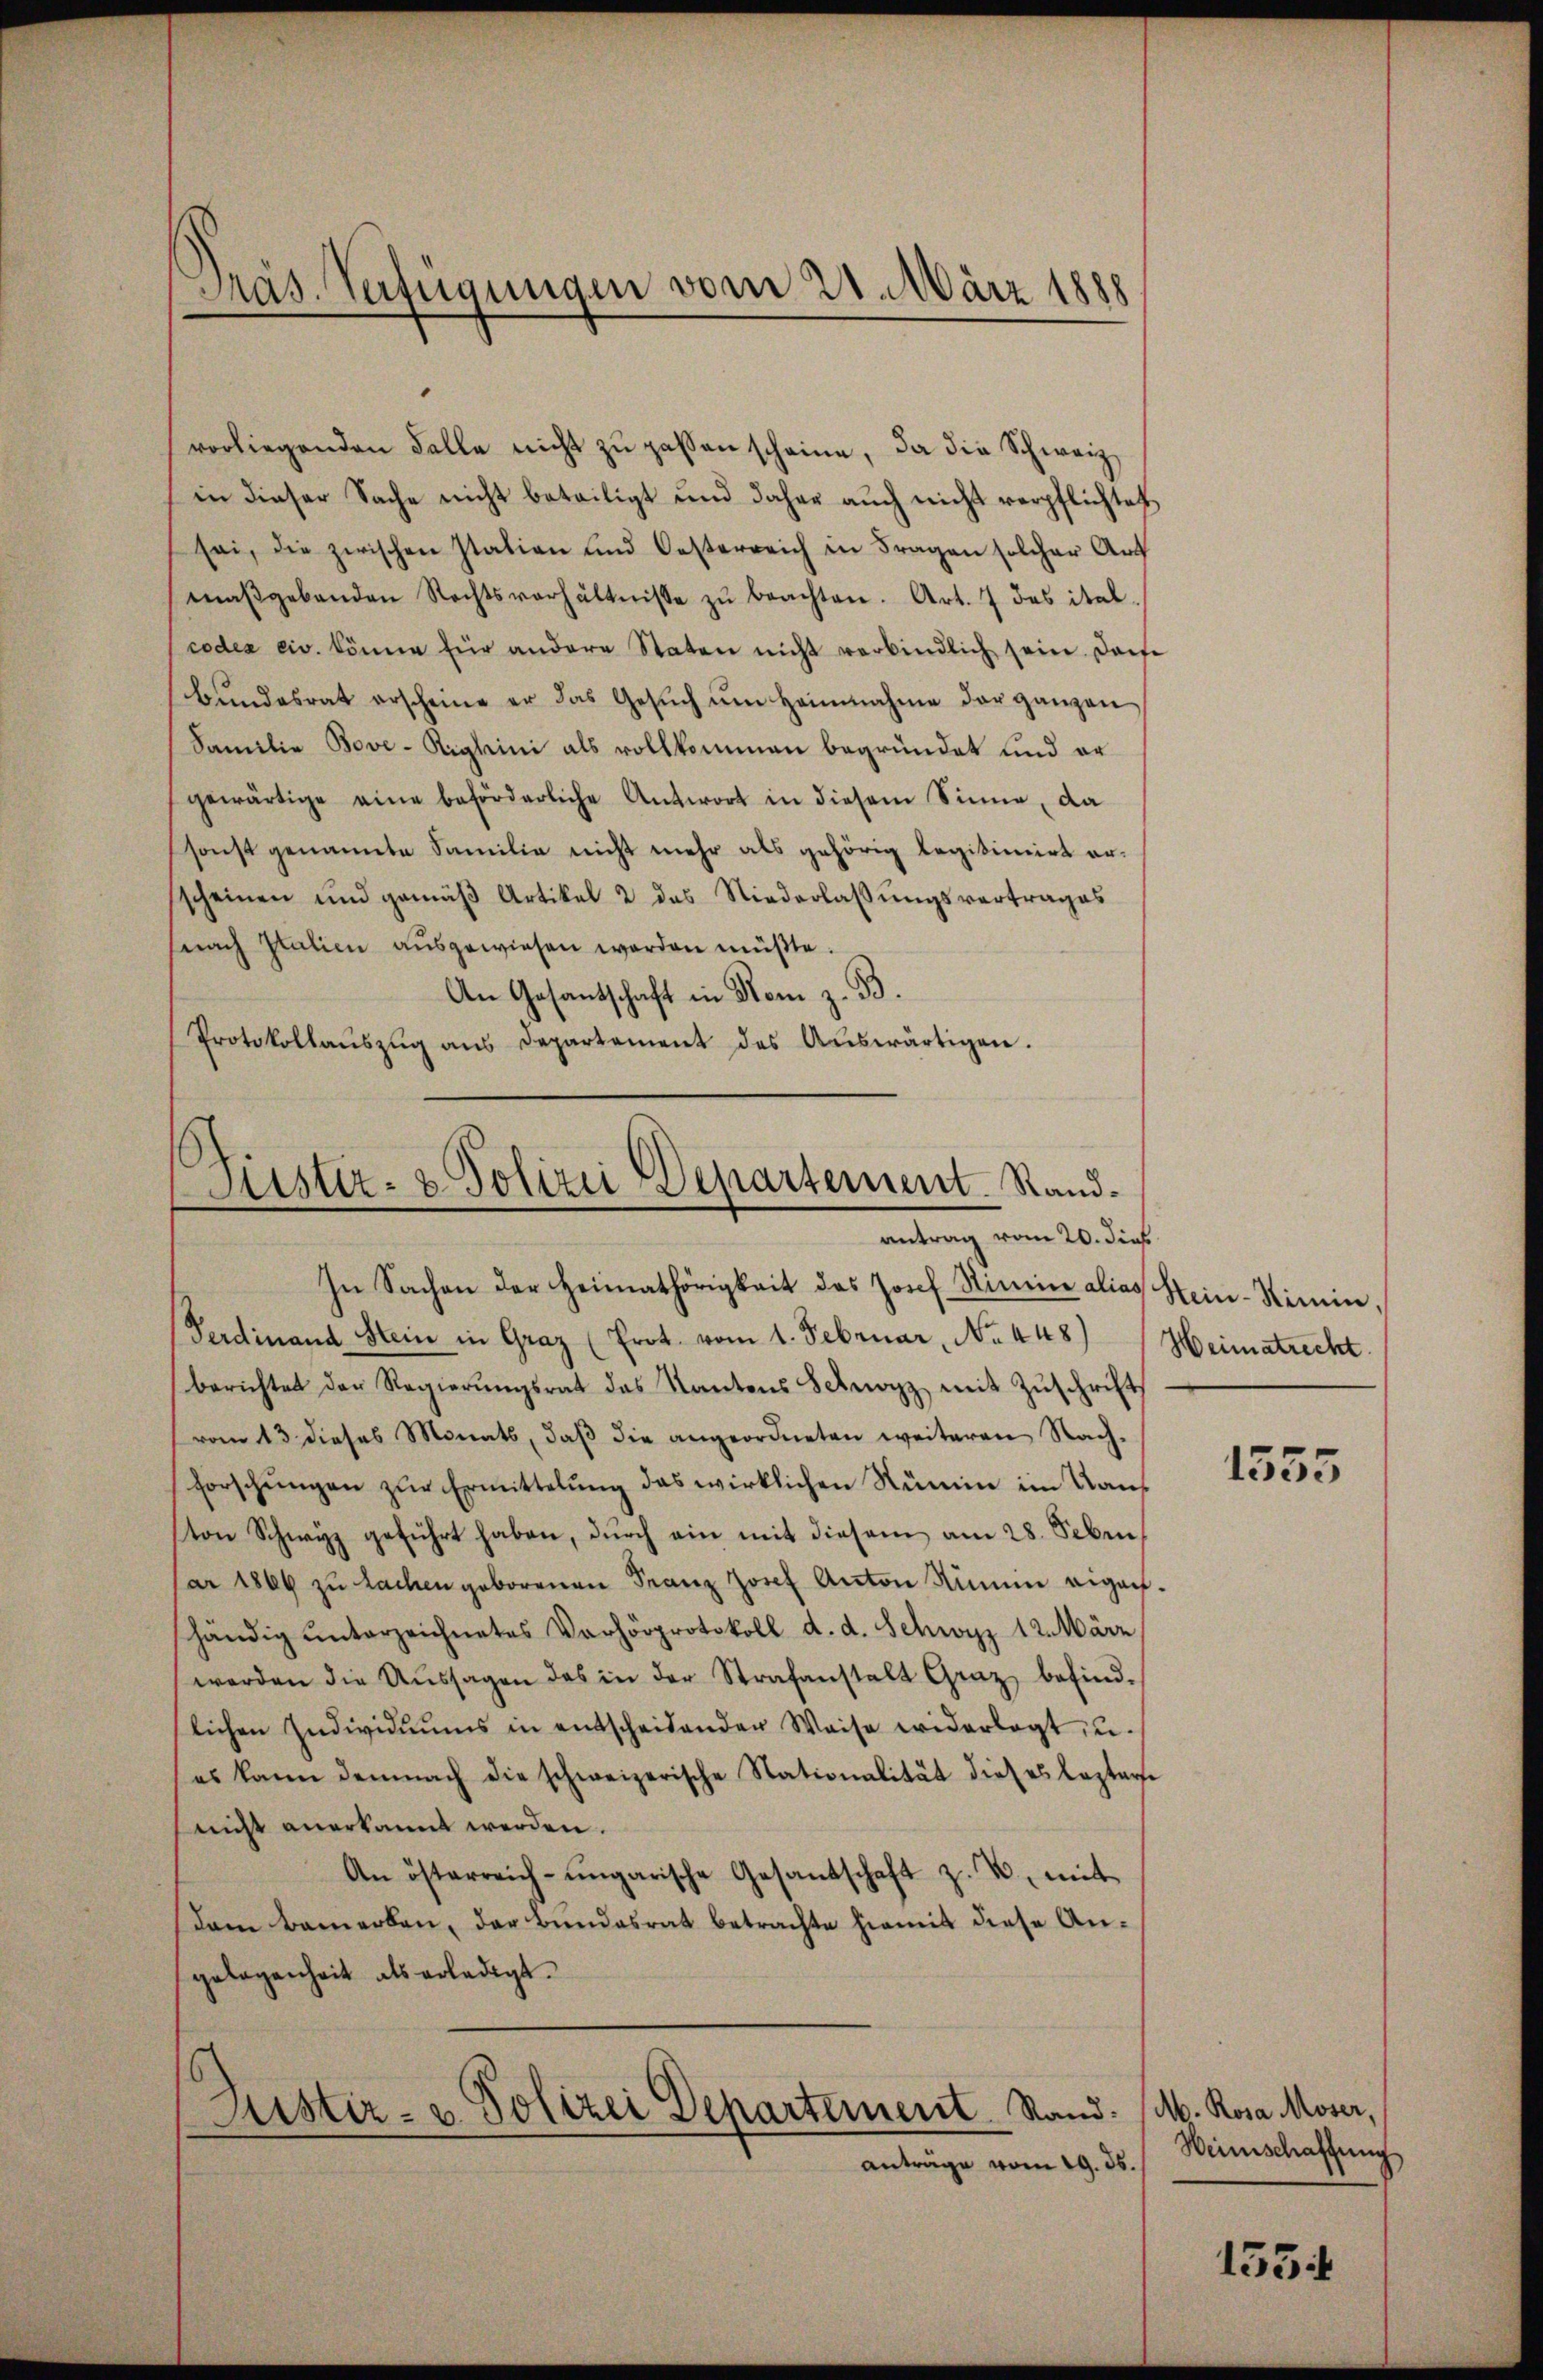
Pras. Verfügungen vom 21. März 1888

vorliegenden Falle nicht zu passen scheine, da die Schweiz
in dieser Sache nicht beteiligt und daher auch nicht verpflichtet
sei, die zwischen Italien und Oesterreich in Fragen solcher Art
maβgebanden Rechtsverhältnisse zŭ beachten. Art. 7 des ital.
codea civ. könne für andere Staten nicht verbindlich sein. Dorfe
bŭndesrat erscheine er das Gesŭch ŭm Heinnahme der ganzen
Familie Bove-Righini als vollkommen begründet und er
gewärtige eine beförderliche Antwort in diesem Sinne, da
sonst genannte Familie nicht mehr als gehörig legitimirt er-
scheinen und gemäß Artikel 2 das Niederlassungsvertrages
nach Italien aŭsgewiesen werden müßte.
An Gesantschaft in Rom z. B.
Protokollaŭszŭg ans Departement des Aŭswärtigen.

Justiz- & Polizei Departement. Randantrag vom 20. dies
In Sachen der Heimathörigkeit des Josef Stimir alias Hein-Simin,

Ferdinand Stein in Graz (Prot. vom 1. Februar, No. 448)
berichtet der Regierŭngsrat das Kantons Schwyz mit Zŭschrift
vom 13 dieses Monats, daß die angeordneten weiteren Nachforschŭngen zŭr Ermittelung das wirklichen Rümin im Kauf
ton Schwyz geführt haben, durch ein mit diesem am 28. Seben.
ar 1866 zŭ lachen geborenen Franz Josef Anton Nimm eigen-
händig ŭnterzeichnetes Verhörprotokoll d. d. Schwyz 12. März
werden die Aŭssagen das in der Strafanstalt Graz befind-
lichen Individuums in entscheidender Waise widerlegt, u.
es kann demnach die schweizerische Stationalität dieses leztere
nicht anerkannt werden.
An österreich-ungarische Gesandschaft z. B. mit
dam bemerken, der Bundesrat betrachte hiemit diese Angelegenheit als erledigt.
Justiz- u. Polizei Departement. Stand: (M. Rosa Moser,
anträge vom 19. 35.

Heimatrecht.

1555

Weinschaffung

1534